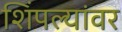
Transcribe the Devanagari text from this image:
शिंपल्यांवर